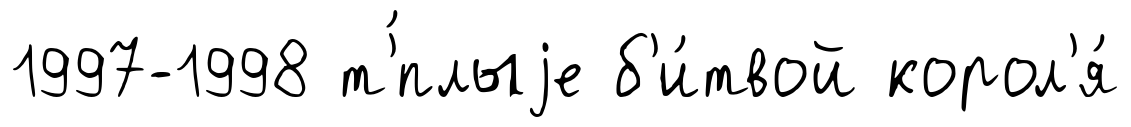
1997-1998 т'́плыjе б'и́твой корол'я́